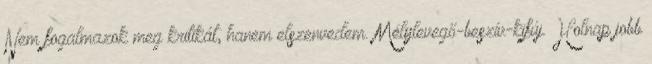
Nem fogalmazok meg kritikát, hanem elszenvedem. Mélylevegő-beszív-kifúj. Holnap jobb